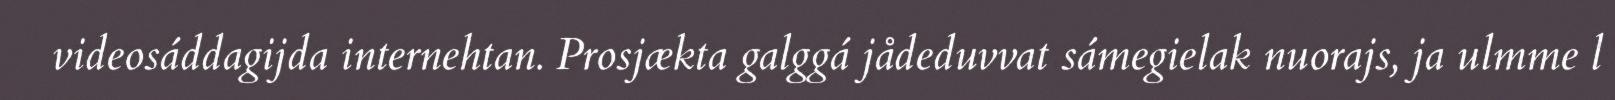
videosáddagijda internehtan. Prosjækta galggá jådeduvvat sámegielak nuorajs, ja ulmme l